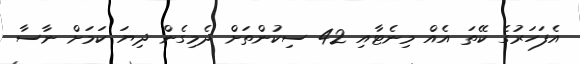
އެފަހަރުގެ ކޭތަ އެއް މިނެޓާއި 42 ސިކުންތަށް ދެމިގެން ދިޔަ ކަމަށް ނާސާ